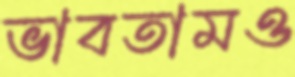
ভাবতামও